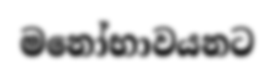
මනෝභාවයනට